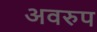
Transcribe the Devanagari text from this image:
अवरुप